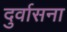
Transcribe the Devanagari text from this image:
दुर्वासना